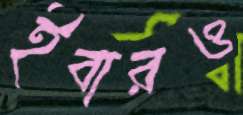
ইবারও